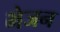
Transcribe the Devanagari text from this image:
भेजन